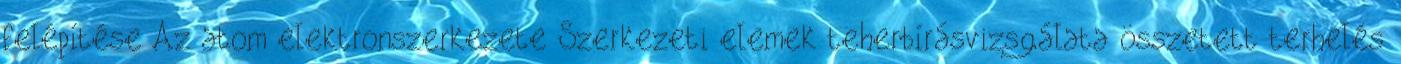
felépítése Az atom elektronszerkezete Szerkezeti elemek teherbírásvizsgálata összetett terhelés